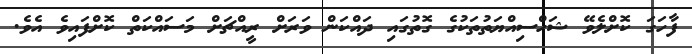
ފާހަގަ ކޮށްލެވޭ ޝަހްސިއްޔަތުތަކުގެ ގޮތުގައި ދައްކަން ވަރަށް ރީއްޗަށް މަސައްކަތް ކޮށްފައިވެ އެވެ.